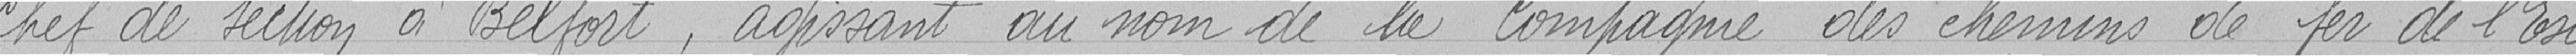
chef de section à Belfort, agissant au nom de la Compagnie des chemins de fer de l'Est